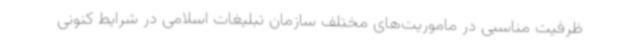
ظرفیت مناسبی در ماموریت‌های مختلف سازمان تبلیغات اسلامی در شرایط کنونی